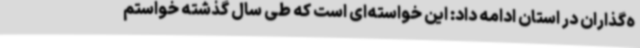
ه‌گذاران در استان ادامه داد: این خواسته‌ای است که طی سال گذشته خواستم